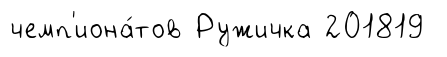
чемп'иона́тов Ружичка 201819